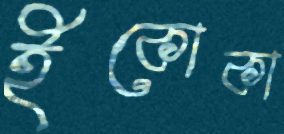
ইকোকা